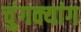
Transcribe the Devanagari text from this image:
चुंगक्यांग